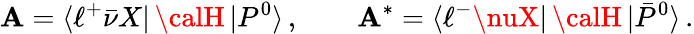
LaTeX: \mathbf{A}=\langle\ell^{+}\bar{{\nu}}X|\, {\calH}\, |P^{0}\rangle\, ,\qquad\mathbf{A}^{*}=\langle\ell^{-}\nuX|\, {\calH}\, |\bar{{P}}^{0}\rangle\, .